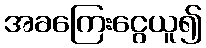
အခကြေးငွေယူ၍